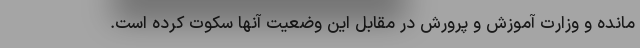
مانده و وزارت آموزش و پرورش در مقابل این وضعیت آنها سکوت کرده است.